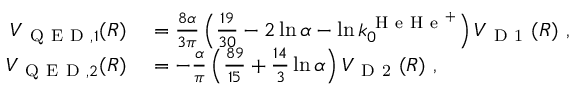
\begin{array} { r l } { V _ { \mathrm { ~ Q ~ E ~ D ~ } , 1 } ( R ) } & { { } = \frac { 8 \alpha } { 3 \pi } \left( \frac { 1 9 } { 3 0 } - 2 \ln \alpha - \ln k _ { 0 } ^ { \mathrm { ~ H ~ e ~ H ~ e ~ } ^ { + } } \right) V _ { \mathrm { ~ D ~ 1 ~ } } ( R ) \ , } \\ { V _ { \mathrm { ~ Q ~ E ~ D ~ } , 2 } ( R ) } & { { } = - \frac { \alpha } { \pi } \left( \frac { 8 9 } { 1 5 } + \frac { 1 4 } { 3 } \ln \alpha \right) V _ { \mathrm { ~ D ~ 2 ~ } } ( R ) \ , } \end{array}